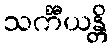
သင်္ကီယန္တိ